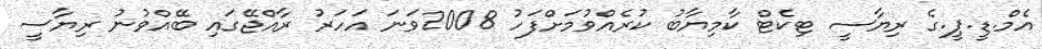
އެމް.ޑީ.ޕީ.ގެ ރިޔާސީ ޓިކެޓް ކާމިޔާބު ކުރެއްވުމަށްފަހު 2008ވަނަ އަހަރު ރާއްޖޭގައި ބޭއްވުނު ރިޔާސީ